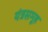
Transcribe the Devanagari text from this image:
यंत्रसमूह